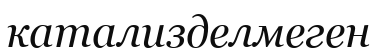
катализделмеген